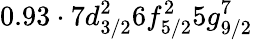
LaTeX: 0.93\cdot 7d_{3/2}^{2}6f_{5/2}^{2}5g_{9/2}^{7}